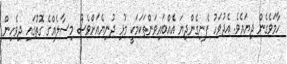
ހާމަވެގެން ދިޔައެވެ. އެދުވަހު ފެނިގެންދިޔަ އެއްބައިވަންތަކަމަކީ މުޅި ދުނިޔެއަށްވެސް މިސާލެއްގެ ގޮތުގައި ދިވެހިން